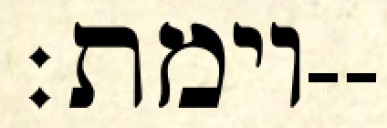
וימת׃--